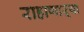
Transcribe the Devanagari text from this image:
राहाणाऱ्या